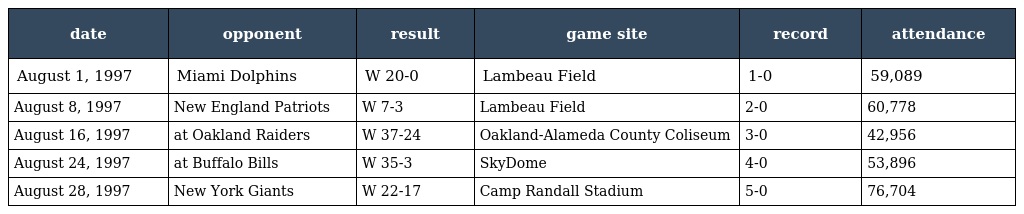
| date | opponent | result | game site | record | attendance |
 | --- | --- | --- | --- | --- | --- |
 | August 1, 1997 | Miami Dolphins | W 20-0 | Lambeau Field | 1-0 | 59,089 |
 | August 8, 1997 | New England Patriots | W 7-3 | Lambeau Field | 2-0 | 60,778 |
 | August 16, 1997 | at Oakland Raiders | W 37-24 | Oakland-Alameda County Coliseum | 3-0 | 42,956 |
 | August 24, 1997 | at Buffalo Bills | W 35-3 | SkyDome | 4-0 | 53,896 |
 | August 28, 1997 | New York Giants | W 22-17 | Camp Randall Stadium | 5-0 | 76,704 |